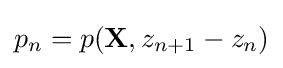
p_{n}=p({\mathbf {X} },z_{n+1}-z_{n})